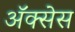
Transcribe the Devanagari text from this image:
अॅक्सेस